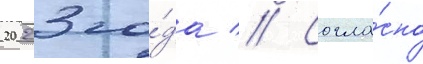
2023 го́да // Согла́сно